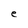
Character: e